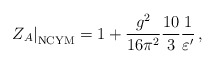
\begin{align*}\left. Z_A \right|_{\rm NCYM} = 1 + \frac{g^2}{16\pi^2} \frac{10}{3} \frac{1}{\varepsilon^\prime}\, , \end{align*}